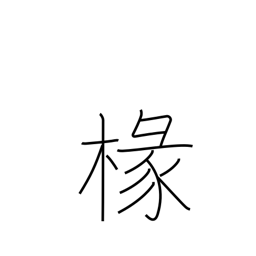
Meaning: porch